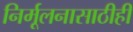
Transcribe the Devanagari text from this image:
निर्मूलनासाठीही